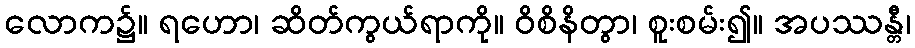
လောက၌။ ရဟော၊ ဆိတ်ကွယ်ရာကို။ ဝိစိနိတွာ၊ စူးစမ်း၍။ အပဿန္တီ၊